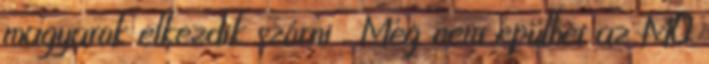
magyarok elkezdik szórni . Még nem épülhet az M0